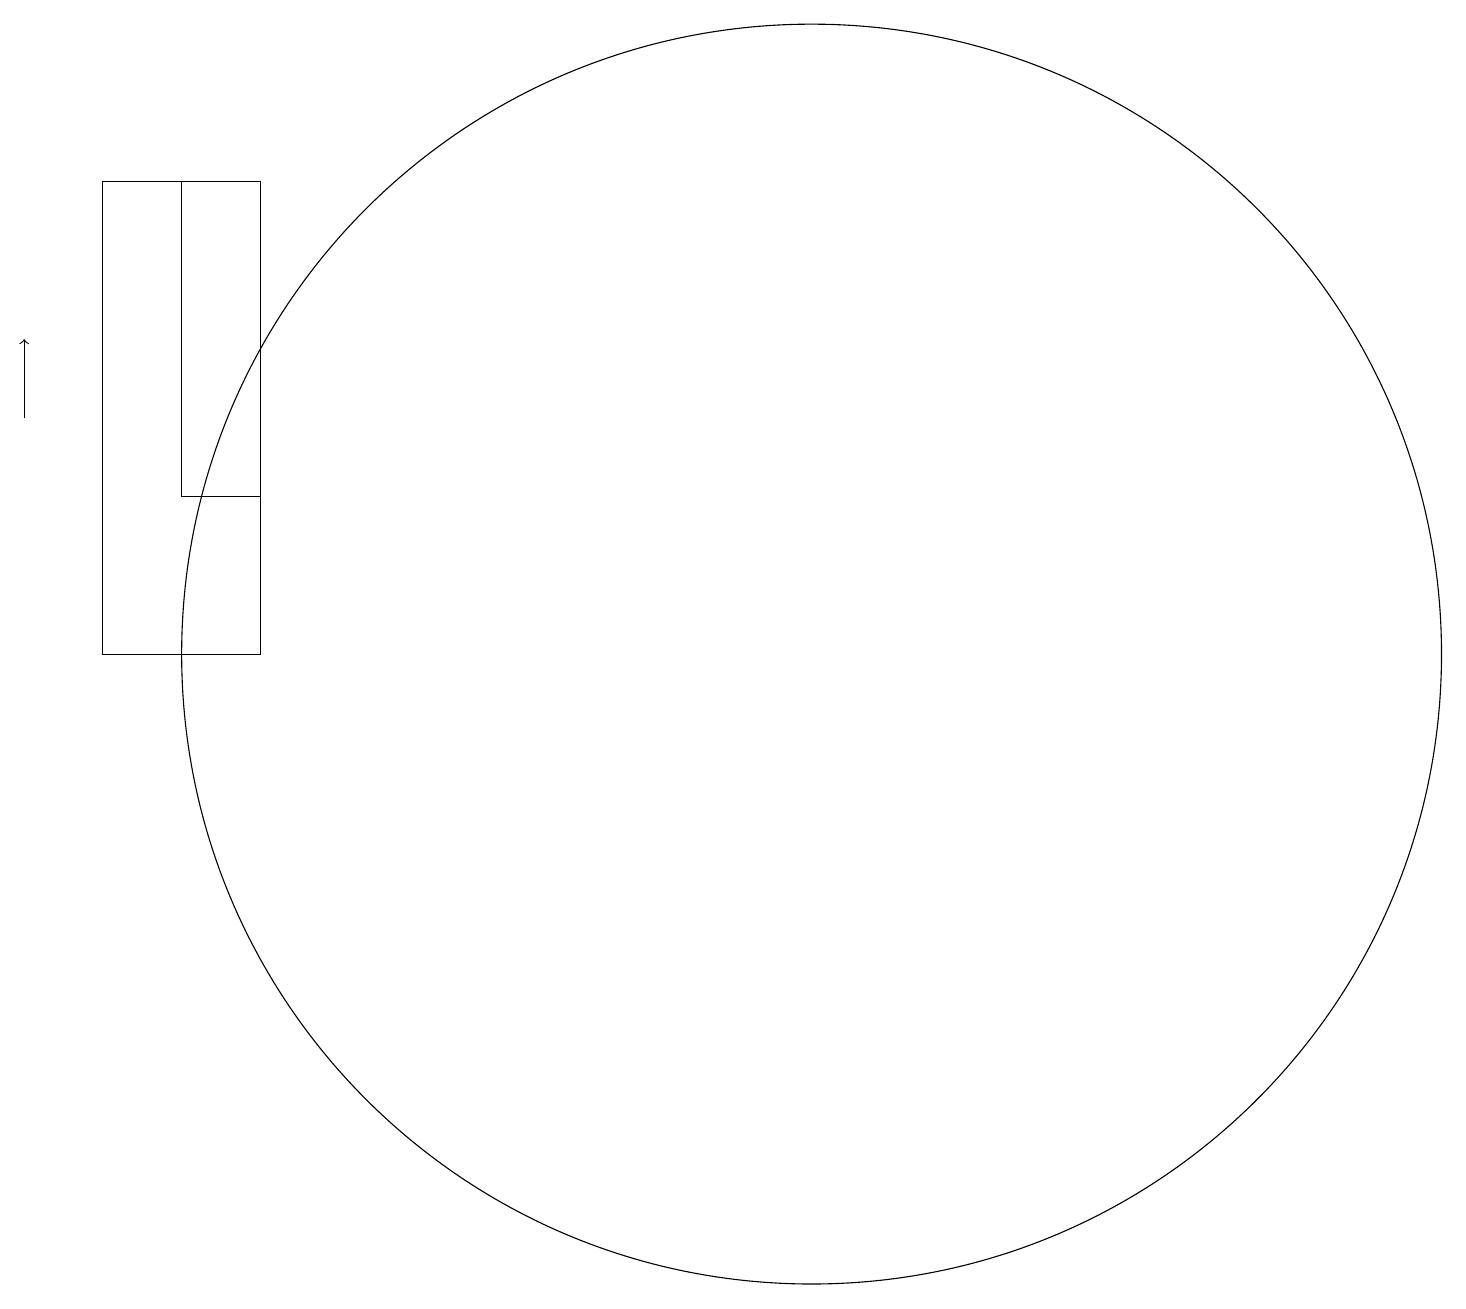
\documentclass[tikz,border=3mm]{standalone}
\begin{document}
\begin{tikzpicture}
\draw[->] (1,13) -- (1,14);
\draw (11,10) circle (8);
\draw (4,16) rectangle (3,12);
\draw (4,10) rectangle (2,16);
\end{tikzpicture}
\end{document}